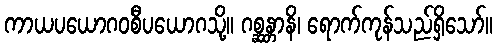
ကာယပယောဂဝစီပယောဂသို့။ ဂစ္ဆန္တာနိ၊ ရောက်ကုန်သည်ရှိသော်။